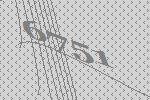
6751